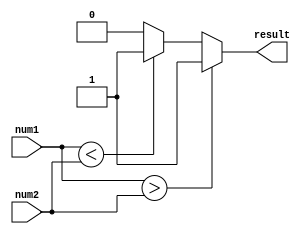
module signed_comparator (
    input signed [31:0] num1,
    input signed [31:0] num2,
    output reg result
);

always @ (*) begin
    if (num1 > num2) begin
        result = 1; // num1 is greater than num2
    end else if (num1 < num2) begin
        result = -1; // num1 is less than num2
    end else begin
        result = 0; // num1 is equal to num2
    end
end

endmodule